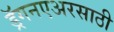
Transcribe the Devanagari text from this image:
ड्रॅगनएअरसाठी